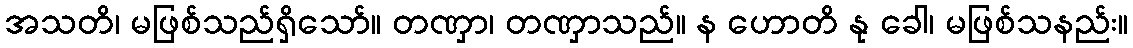
အသတိ၊ မဖြစ်သည်ရှိသော်။ တဏှာ၊ တဏှာသည်။ န ဟောတိ နု ခေါ၊ မဖြစ်သနည်း။